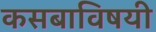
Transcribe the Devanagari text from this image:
कसबाविषयी